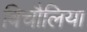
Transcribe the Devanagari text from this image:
बिचौलिया